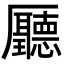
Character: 㕔